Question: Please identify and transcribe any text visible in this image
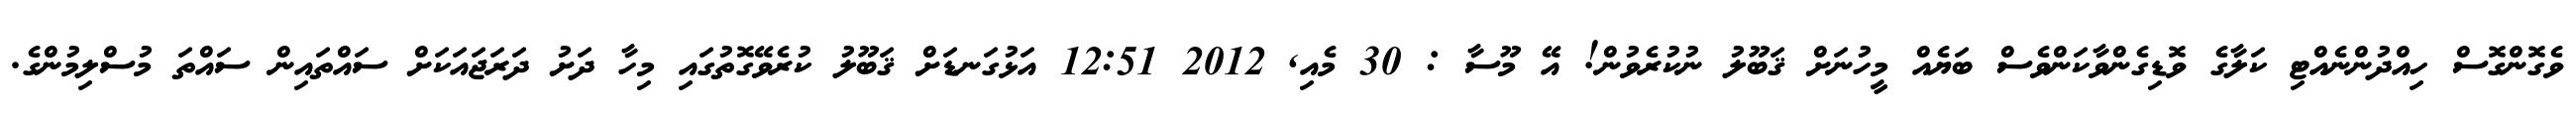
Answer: ވެގޮންގޮސް ހިއްދުންނެއްޓި ކަލާގެ ވޮޑިގެންވާކަންވެސް ބަޔެއް މީހުނަށް ޤަބޫލު ނުކުރެވުން! އޭ މޫސާ : 30 މެއި, 2012 12:51 އަޅުގަނޑަށް ޤަބޫލު ކުރެވޭގޮތުގައި މިހާ ދަށު ދަރަޖައަކަށް ސައްތައިން ސައްތަ މުސްލިމުންގެ.